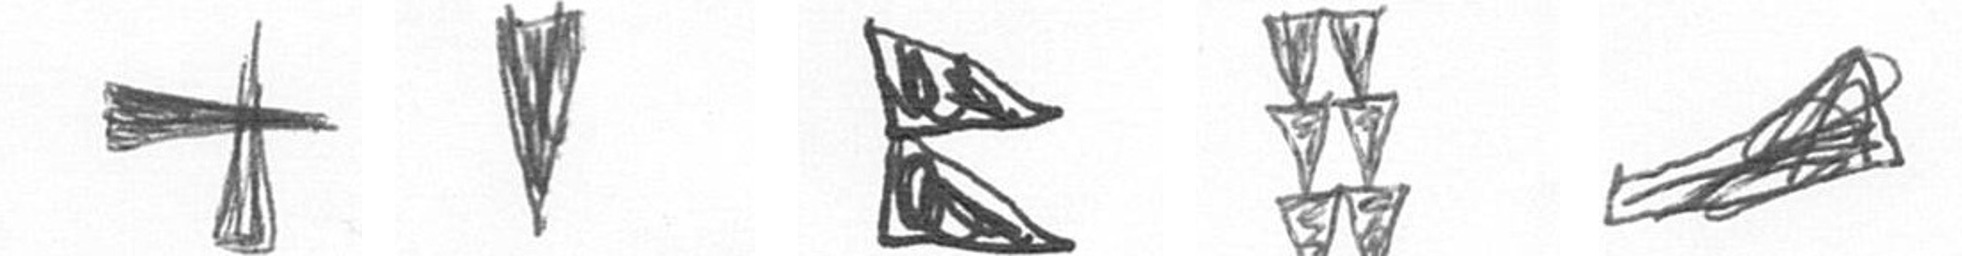
G J P Y O